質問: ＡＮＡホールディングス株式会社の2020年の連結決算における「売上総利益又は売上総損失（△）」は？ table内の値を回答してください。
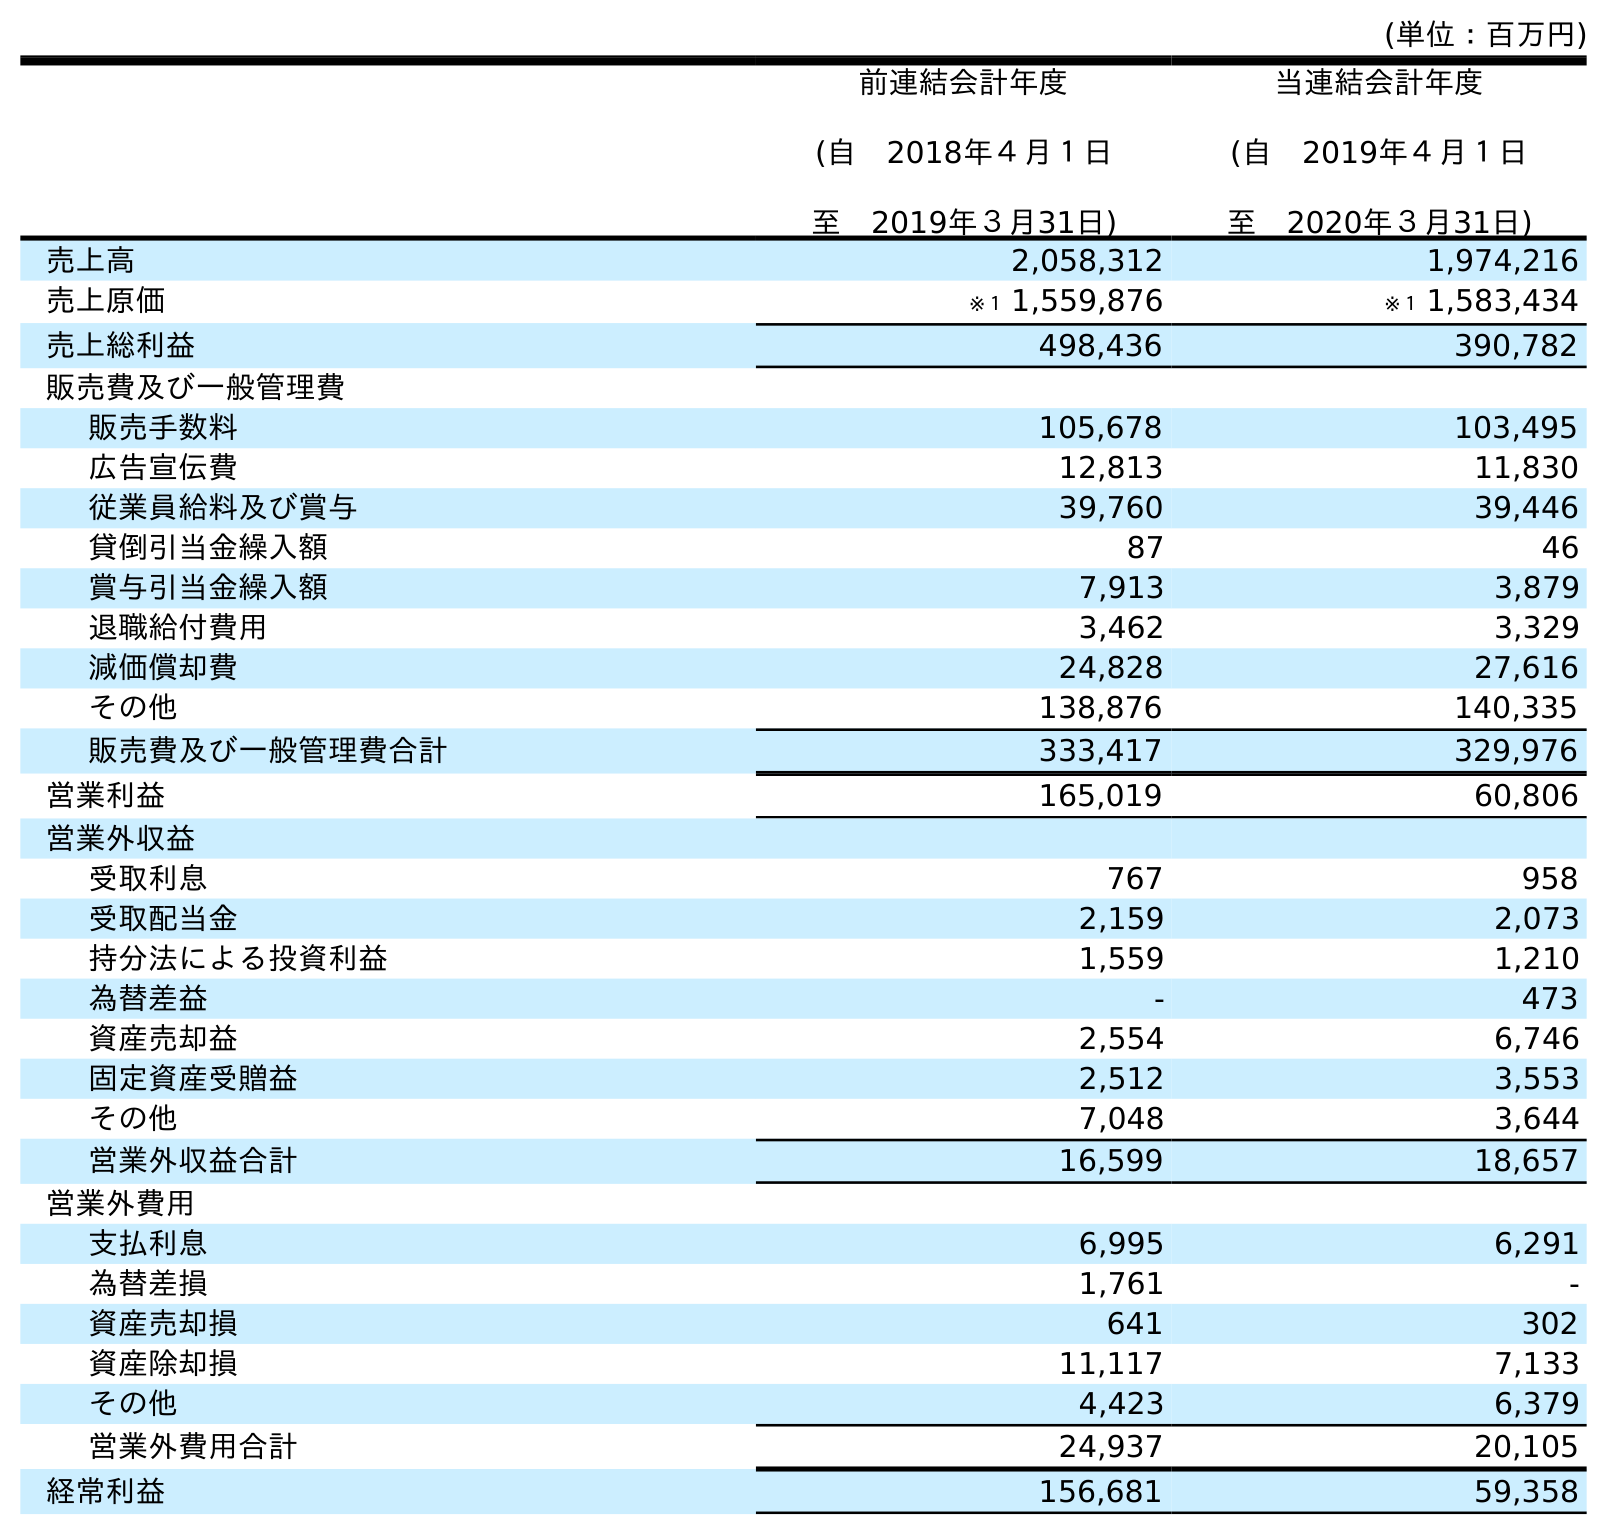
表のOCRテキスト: (単位：百万円) 前連結会計年度 (自 2018年４月１日 至 2019年３月31日) 当連結会計年度 (自 2019年４月１日 至 2020年３月31日) 売上高 2,058,312 1,974,216 売上原価 ※１ 1,559,876 ※１ 1,583,434 売上総利益 498,436 390,782 販売費及び一般管理費 販売手数料 105,678 103,495 広告宣伝費 12,813 11,830 従業員給料及び賞与 39,760 39,446 貸倒引当金繰入額 87 46 賞与引当金繰入額 7,913 3,879 退職給付費用 3,462 3,329 減価償却費 24,828 27,616 その他 138,876 140,335 販売費及び一般管理費合計 333,417 329,976 営業利益 165,019 60,806 営業外収益 受取利息 767 958 受取配当金 2,159 2,073 持分法による投資利益 1,559 1,210 為替差益 - 473 資産売却益 2,554 6,746 固定資産受贈益 2,512 3,553 その他 7,048 3,644 営業外収益合計 16,599 18,657 営業外費用 支払利息 6,995 6,291 為替差損 1,761 - 資産売却損 641 302 資産除却損 11,117 7,133 その他 4,423 6,379 営業外費用合計 24,937 20,105 経常利益 156,681 59,358
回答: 390,782